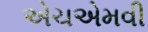
એચએમવી